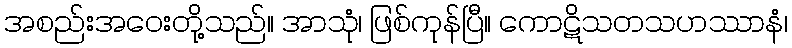
အစည်းအဝေးတို့သည်။ အာသုံ၊ ဖြစ်ကုန်ပြီ။ ကောဋိသတသဟဿာနံ၊